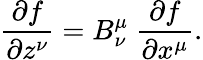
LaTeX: {\frac{\partial f}{\partial z^{\nu}}}=B_{\nu}^{\mu}\ {\frac{\partial f}{\partial x^{\mu}}}.